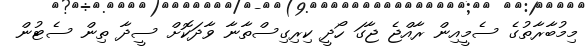
މިމުބާރާތުގެ ސެމީއިން ރާއްޖެ ޖާގަ ހޯދީ ކިރިގިސްތާނާ ވާދަކޮށް ސީދާ ތިން ސެޓުން